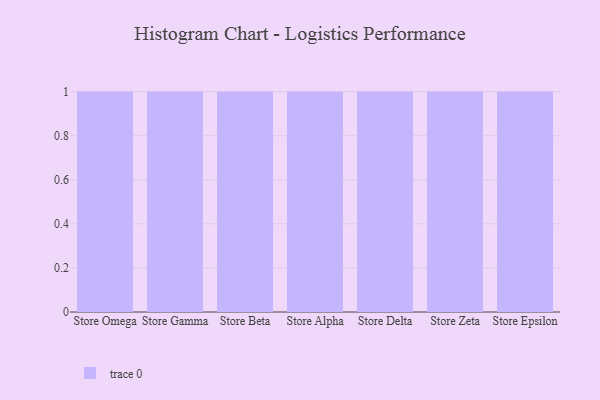
{"axis": {"x": "Store", "y": "Active Users"}, "legend": [""], "data": [{"x": "Store Omega", "y": 87, "type": ""}, {"x": "Store Gamma", "y": 63, "type": ""}, {"x": "Store Beta", "y": 42, "type": ""}, {"x": "Store Alpha", "y": 94, "type": ""}, {"x": "Store Delta", "y": 93, "type": ""}, {"x": "Store Zeta", "y": 75, "type": ""}, {"x": "Store Epsilon", "y": 8, "type": ""}]}